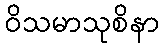
ဝိသမာသုစိနာ